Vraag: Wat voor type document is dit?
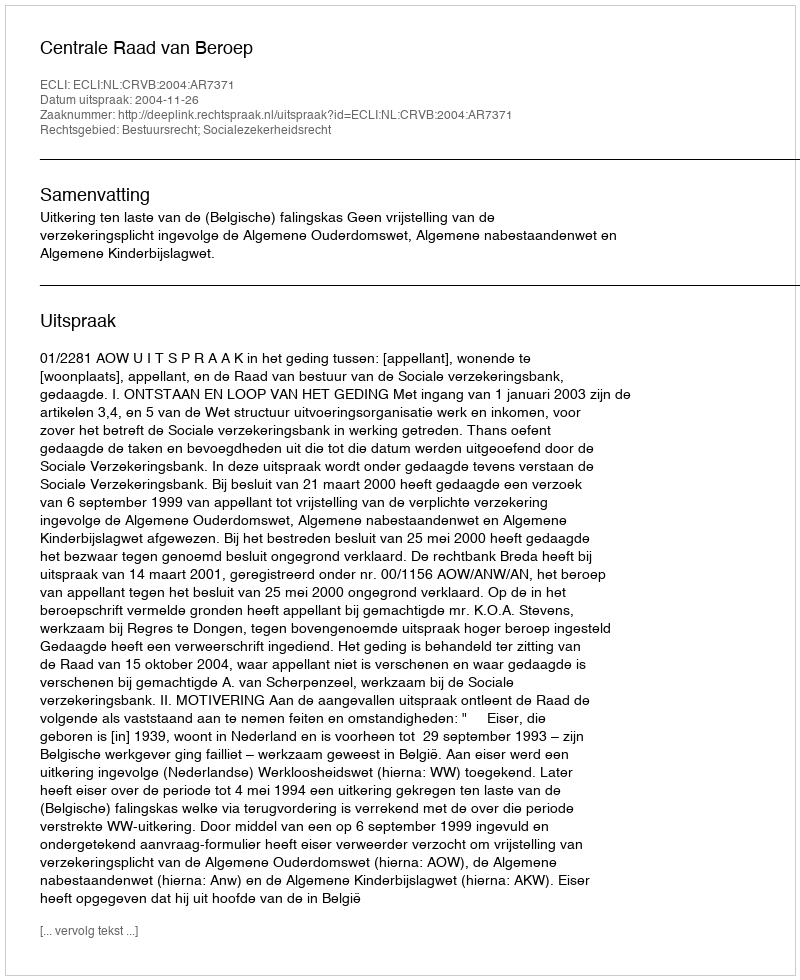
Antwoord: Uitspraak